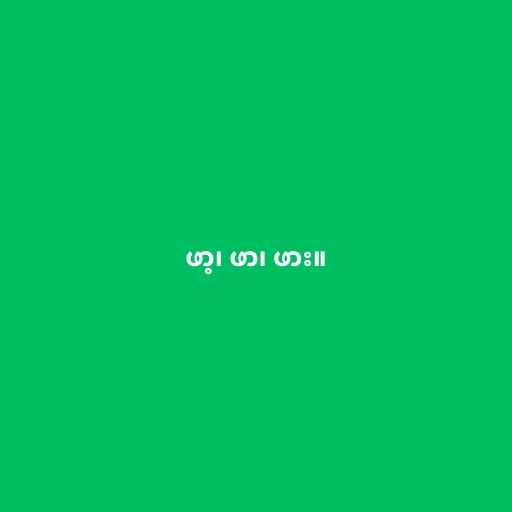
ဖာ့၊ ဖာ၊ ဖား။